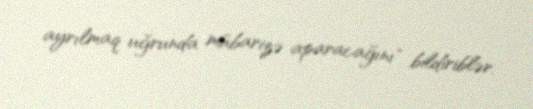
ayrılmaq uğrunda mübarizə aparacağını" bildiriblər.